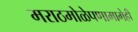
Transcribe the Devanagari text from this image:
मराठमोळेपणामागेही